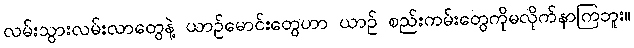
လမ်းသွားလမ်းလာတွေနဲ့ ယာဉ်မောင်းတွေဟာ ယာဉ် စည်းကမ်းတွေကိုမလိုက်နာကြဘူး။